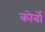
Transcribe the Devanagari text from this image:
कोर्बो